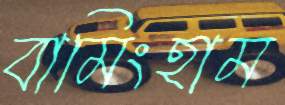
বামিংহাম